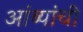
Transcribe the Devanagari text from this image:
आंब्यांची